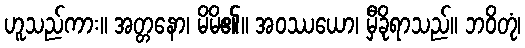
ဟူသည်ကား။ အတ္တနော၊ မိမိ၏။ အဝဿယော၊ မှီခိုရာသည်။ ဘဝိတုံ၊